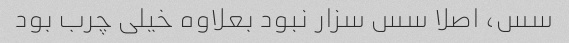
سس، اصلا سس سزار نبود بعلاوه خیلی چرب بود